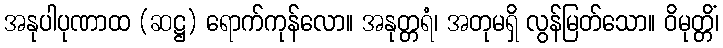
အနုပါပုဏာထ (ဆဋ္ဌ) ရောက်ကုန်လော။ အနုတ္တရံ၊ အတုမရှိ လွန်မြတ်သော။ ဝိမုတ္တိံ၊